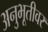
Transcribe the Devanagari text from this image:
अनुभूतीवर